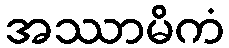
အဿာမိကံ